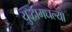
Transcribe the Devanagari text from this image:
युद्धामधल्या